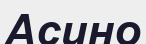
Асино